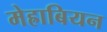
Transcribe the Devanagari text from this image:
मेह्राबियन